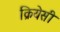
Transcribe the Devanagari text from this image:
क्रियेसी